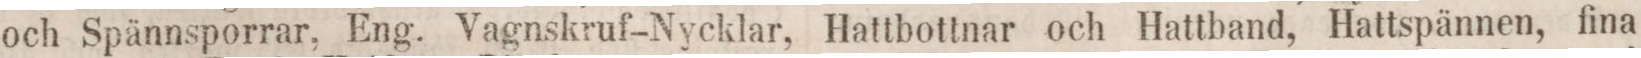
och Spännsporrar, Eng. Vagnskruf-Nycklar, Hattbottnar och Hattband, Hattspännen, fina